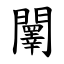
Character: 䦴